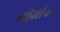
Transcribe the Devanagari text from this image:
गीस्सेन